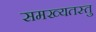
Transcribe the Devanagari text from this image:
समख्यतस्तु